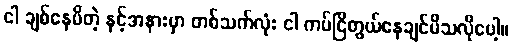
ငါ ချစ်နေမိတဲ့ နင့်အနားမှာ တစ်သက်လုံး ငါ ကပ်ငြိတွယ်နေချင်မိသလိုပေါ့။